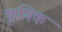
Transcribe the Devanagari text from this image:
कूणिक